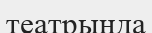
театрыңда